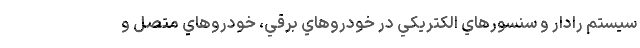
سيستم رادار و سنسورهاي الكتريكي در خودروهاي برقي، خودروهاي متصل و